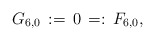
\begin{align*}G_{6,0}\,:=\,0\,=:\,F_{6,0},\end{align*}